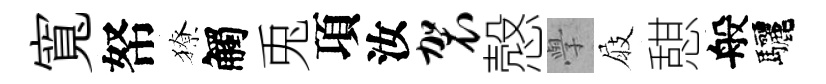
寬帑獠觸兎項汝袈慤𭓕屐憇般驅